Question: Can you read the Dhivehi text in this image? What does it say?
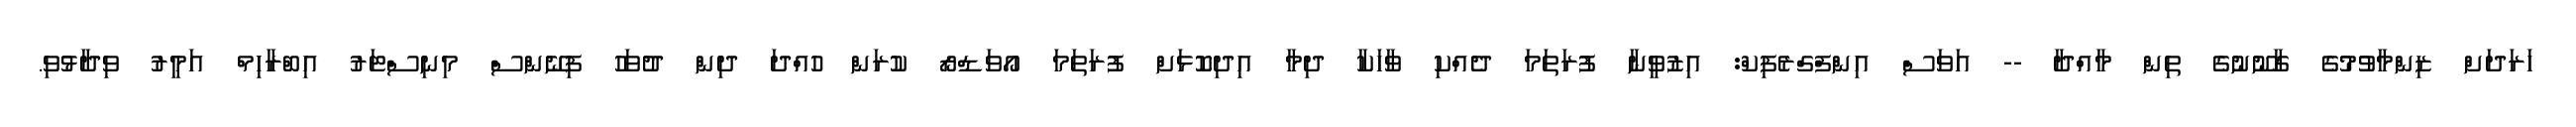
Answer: ހަރަދަށް ޒިންމާވުމުގެ ގާނޫނުގެ ތިން މާއްދާ -- އަވަސް އިންފްގްރެފިކް: އިޒުވީނާ ފުރަތަމަ ދެއްކި ވާހަކާ ދިމާ އިދިކޮޅަށް ފުރަތަމަ އޯވަޑްރޯ ކުރަން ހުއްދަ ދިން ދުވަހު ފިނޭންސް މިނިސްޓަރު އިބްރާހިމް އަމީރު ވިދާޅުވި.